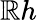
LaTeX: \mathbb{R}h